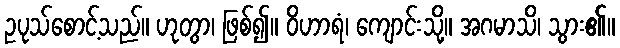
ဥပုသ်စောင့်သည်။ ဟုတွာ၊ ဖြစ်၍။ ဝိဟာရံ၊ ကျောင်းသို့။ အဂမာသိ၊ သွား၏။